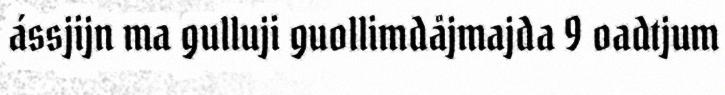
ássjijn ma gulluji guollimdåjmajda 9 oadtjum